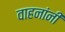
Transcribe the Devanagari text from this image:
वाहनांनी